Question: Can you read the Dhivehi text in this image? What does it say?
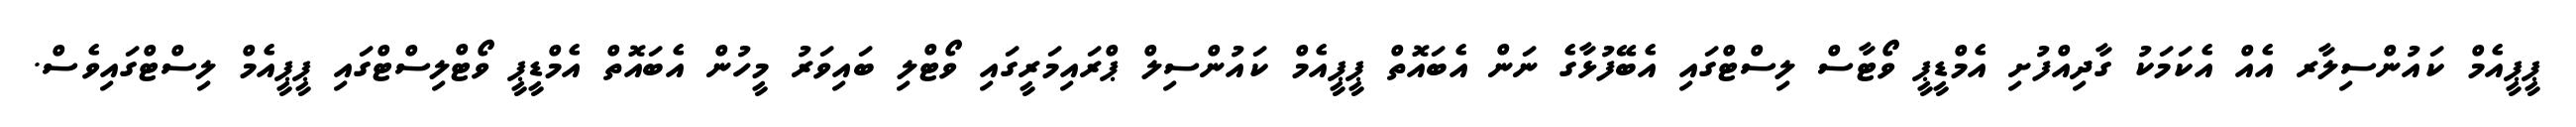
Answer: ޕީޕީއެމް ކައުންސިލާރ އެއް އެކަމަކު ގާދިއްފުށި އެމްޑީޕީ ވޯޓާސް ލިސްޓްގައި އެބޭފުޅާގެ ނަން އެބައޮތް ޕީޕީއެމް ކައުންސިލް ޕްރައިމަރީގައި ވޯޓްލި ބައިވަރު މީހުން އެބައޮތް އެމްޑީޕީ ވޯޓްލިސްޓްގައި ޕީޕީއެމް ލިސްޓްގައިވެސް.